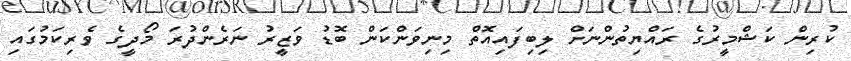
ކުރިން ކަޝްމީރުގެ ރައްޔިތުންނަށް ލިބިފައިއޮތް މިނިވަންކަން ބޮޑު ވަޒީރު ނަރެންދުރަ މޯދީގެ ވެރިކަމުގައި